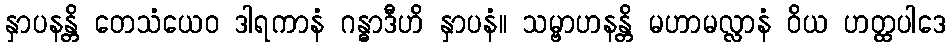
နှာပနန္တိ တေသံယေဝ ဒါရကာနံ ဂန္ဓာဒီဟိ နှာပနံ။ သမ္ဗာဟနန္တိ မဟာမလ္လာနံ ဝိယ ဟတ္ထပါဒေ